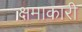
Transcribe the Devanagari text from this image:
क्षमाकारी